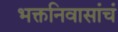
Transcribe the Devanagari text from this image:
भक्तनिवासांचं